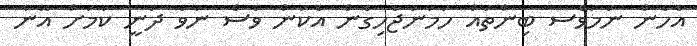
އެހެން ނަމަވެސ ބިންތައް ހަމަނުޖެހިގެން އެކަން ވެސް ނުވެ ދަނީ ކަމަށް އޭނާ